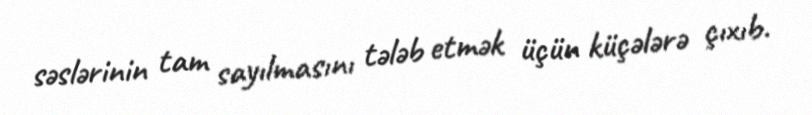
səslərinin tam sayılmasını tələb etmək üçün küçələrə çıxıb.